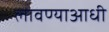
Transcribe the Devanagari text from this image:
लावण्‍याआधी